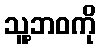
သူ့ဘဝကို